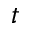
t